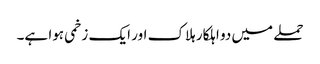
حملے میں دو اہلکار ہلاک اور ایک زخمی ہوا ہے۔